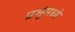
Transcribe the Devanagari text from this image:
प्रभूंमध्ये